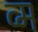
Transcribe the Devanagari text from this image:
व्म